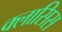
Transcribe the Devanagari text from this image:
क्लासिस